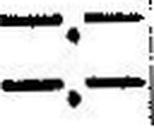
—.—